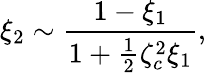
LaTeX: \xi_{2}\sim\frac{1-\xi_{1}}{1+\frac{1}{2}\zeta_{c}^{2}\xi_{1}},